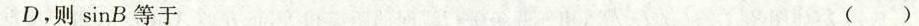
点D，则sinB等于 ()